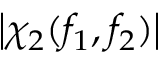
\left| \chi _ { 2 } ( f _ { 1 } , f _ { 2 } ) \right|